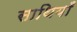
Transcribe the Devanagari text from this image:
साथियाँ